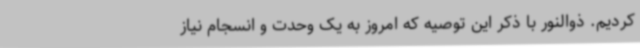
کردیم. ذوالنور با ذکر این ‌توصیه که امروز به یک وحدت و انسجام نیاز